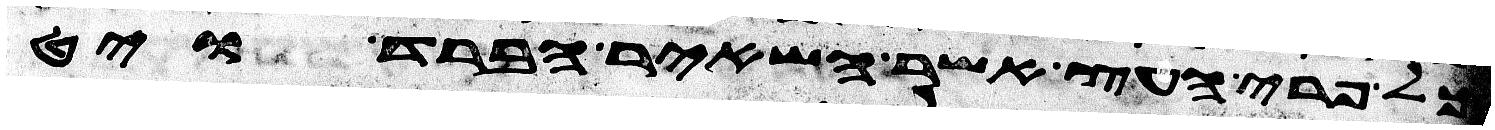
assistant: כל פרי העץ אשר השאיר הברד ויט